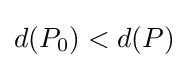
d(P_{0})<d(P)